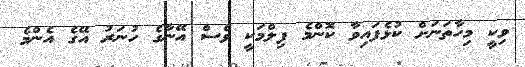
ވިކީ މިހާތަނަށް ކުޅެފައިވާ ކޮންމެ ފިލްމަކީ ވެސް އޭނާގެ ހުނަރު އޭގެ އެންމެ